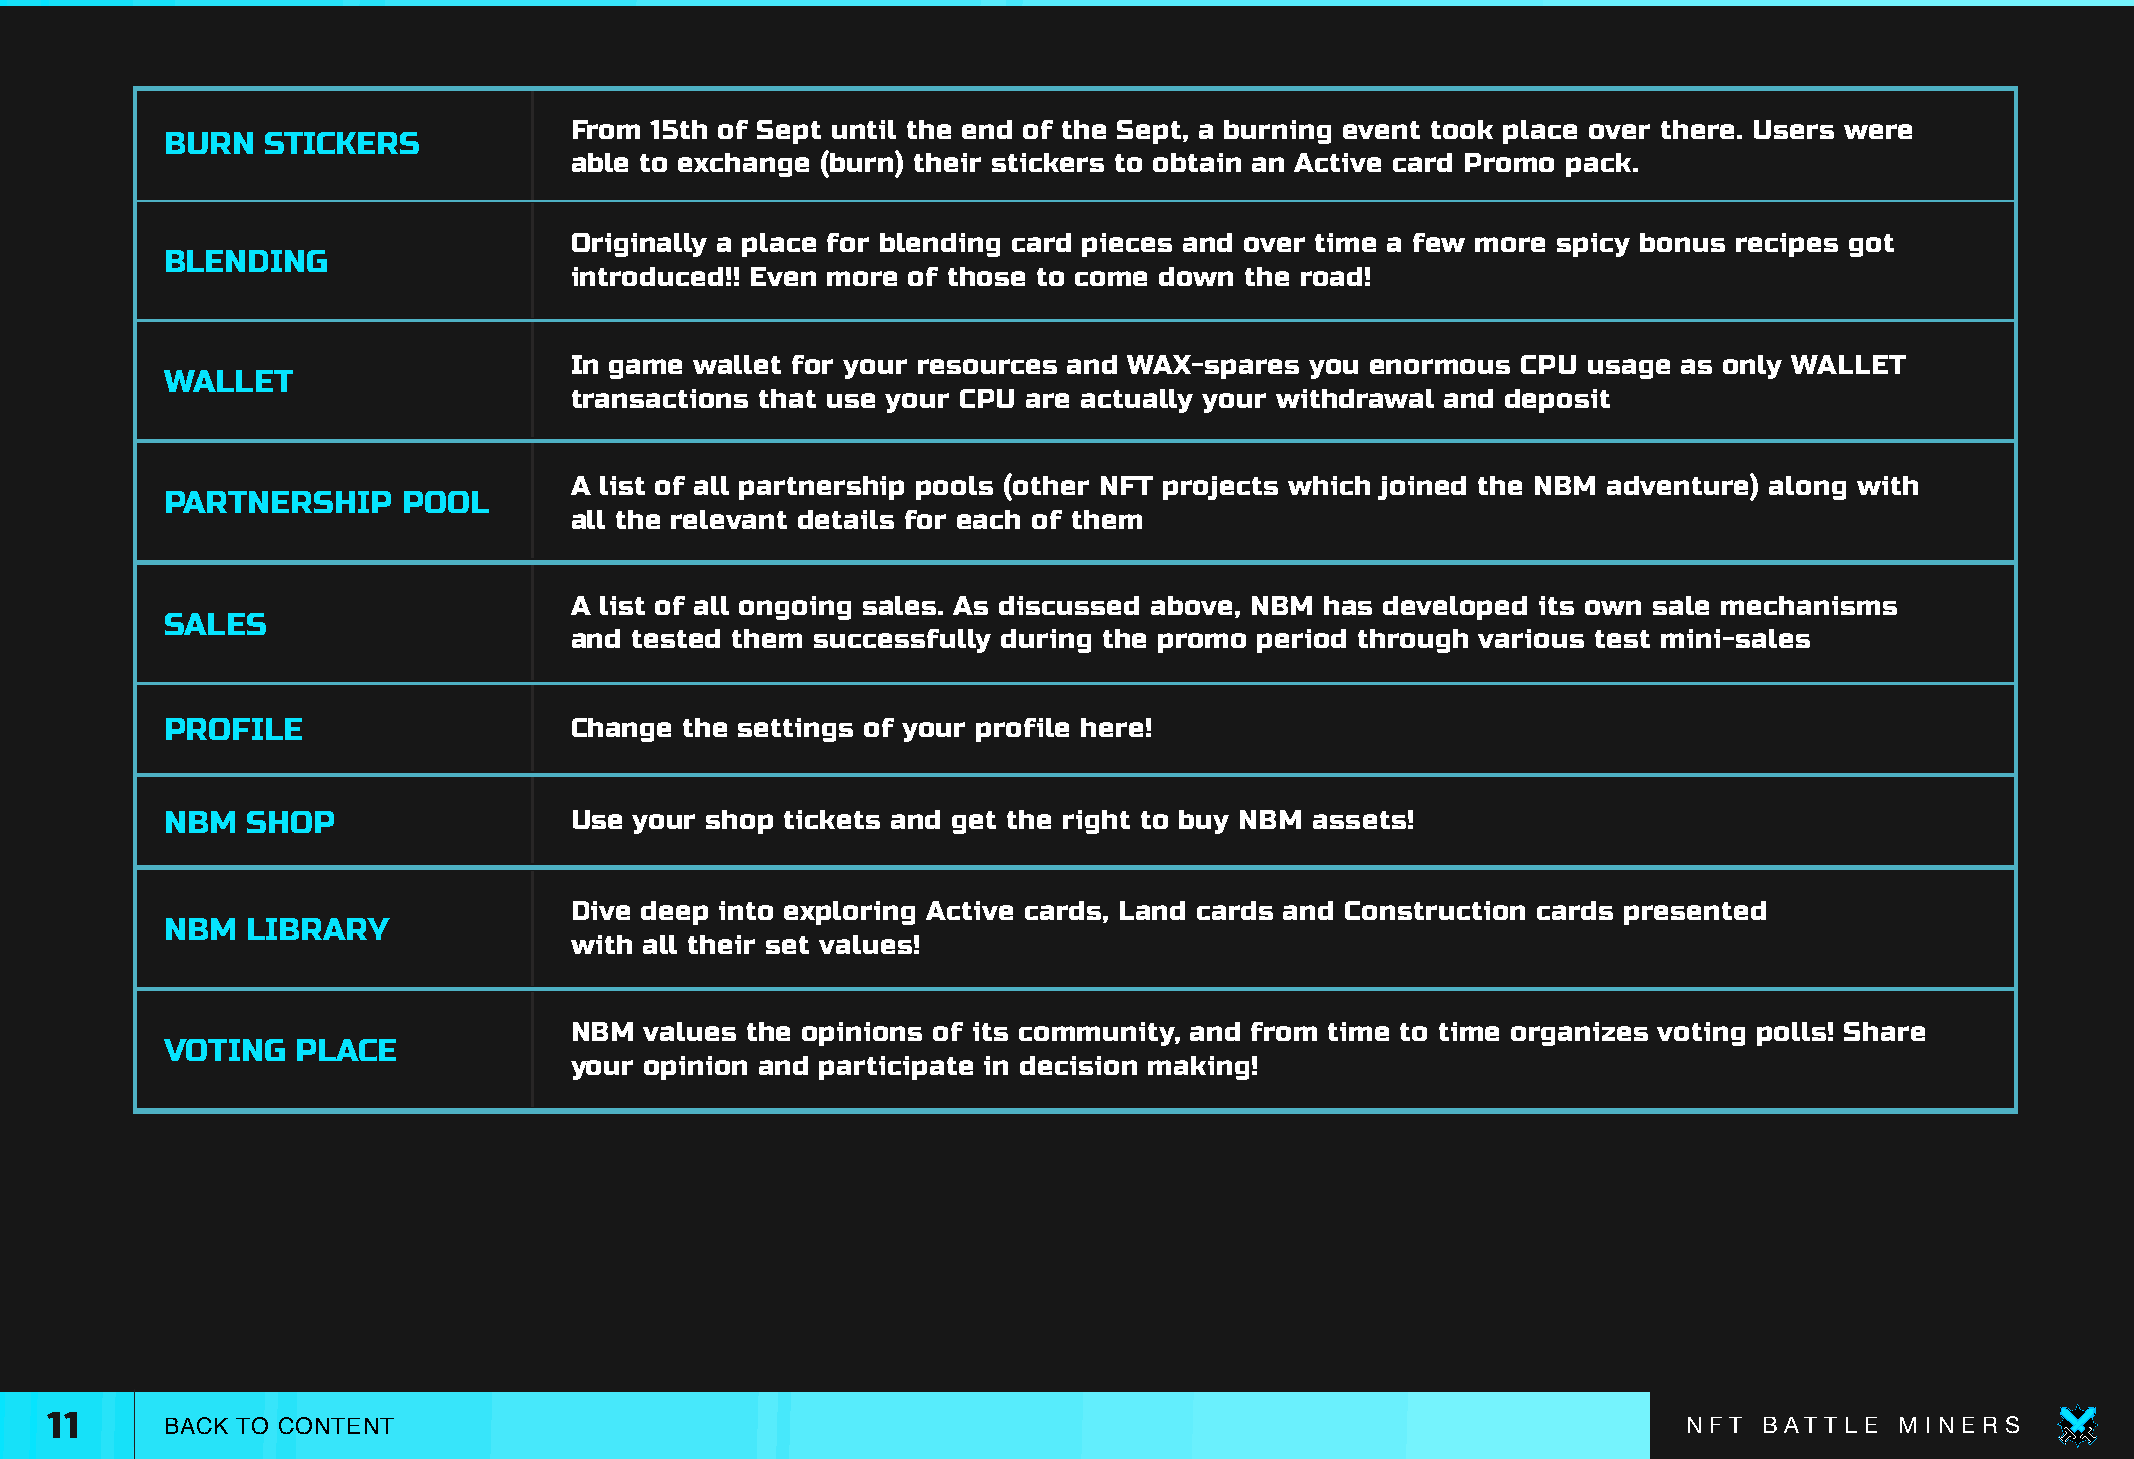
From 15th of Sept until the end of the Sept, a burning event took place over there. Users were
 BURN  STICKERS
 able to exchange (burn) their stickers to obtain an Active card Promo pack.
 Originally a place for blending card pieces and over time a few more spicy bonus recipes got
 BLENDING
 introduced!! Even more of those to come down the road!
 In game wallet for your resources and WAX-spares you enormous  CPU usage as only WALLET
 WALLET
 transactions that use your CPU are actually your withdrawal and deposit
 A list of all partnership pools (other NFT projects which joined the NBM adventure) along with
 PARTNERSHIP     POOL
 all the relevant details for each of them
 A list of all ongoing sales. As discussed above, NBM has developed its own sale mechanisms
 SALES
 and tested them successfully during the promo period through various test mini-sales
 PROFILE                    Change the settings of your profile here!
 NBM  SHOP                  Use your shop tickets and get the right to buy NBM assets!
 Dive deep into exploring Active cards, Land cards and Construction cards presented
 NBM  LIBRARY
 with all their set values!
 NBM  values the opinions of its community, and from time to time organizes voting polls! Share
 VOTING   PLACE
 your opinion and participate in decision making!
 11      BACK TO CONTENT                                                                                      N F T B AT T L E M I N E R S